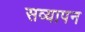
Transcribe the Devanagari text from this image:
सव्यापन